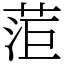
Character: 菃